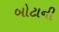
બોટાની